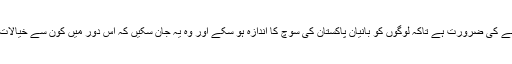
میں سمجھتا ہوں کہ ان خطوط کو عام کرنے کی ضرورت ہے تاکہ لوگوں کو بانیان پاکستان کی سوچ کا اندازہ ہو سکے اور وہ یہ جان سکیں کہ اس دور میں کون سے خیالات اور مسائل ان لوگوں کے پیش نظر تھے۔